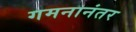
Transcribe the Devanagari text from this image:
गमनानंतर